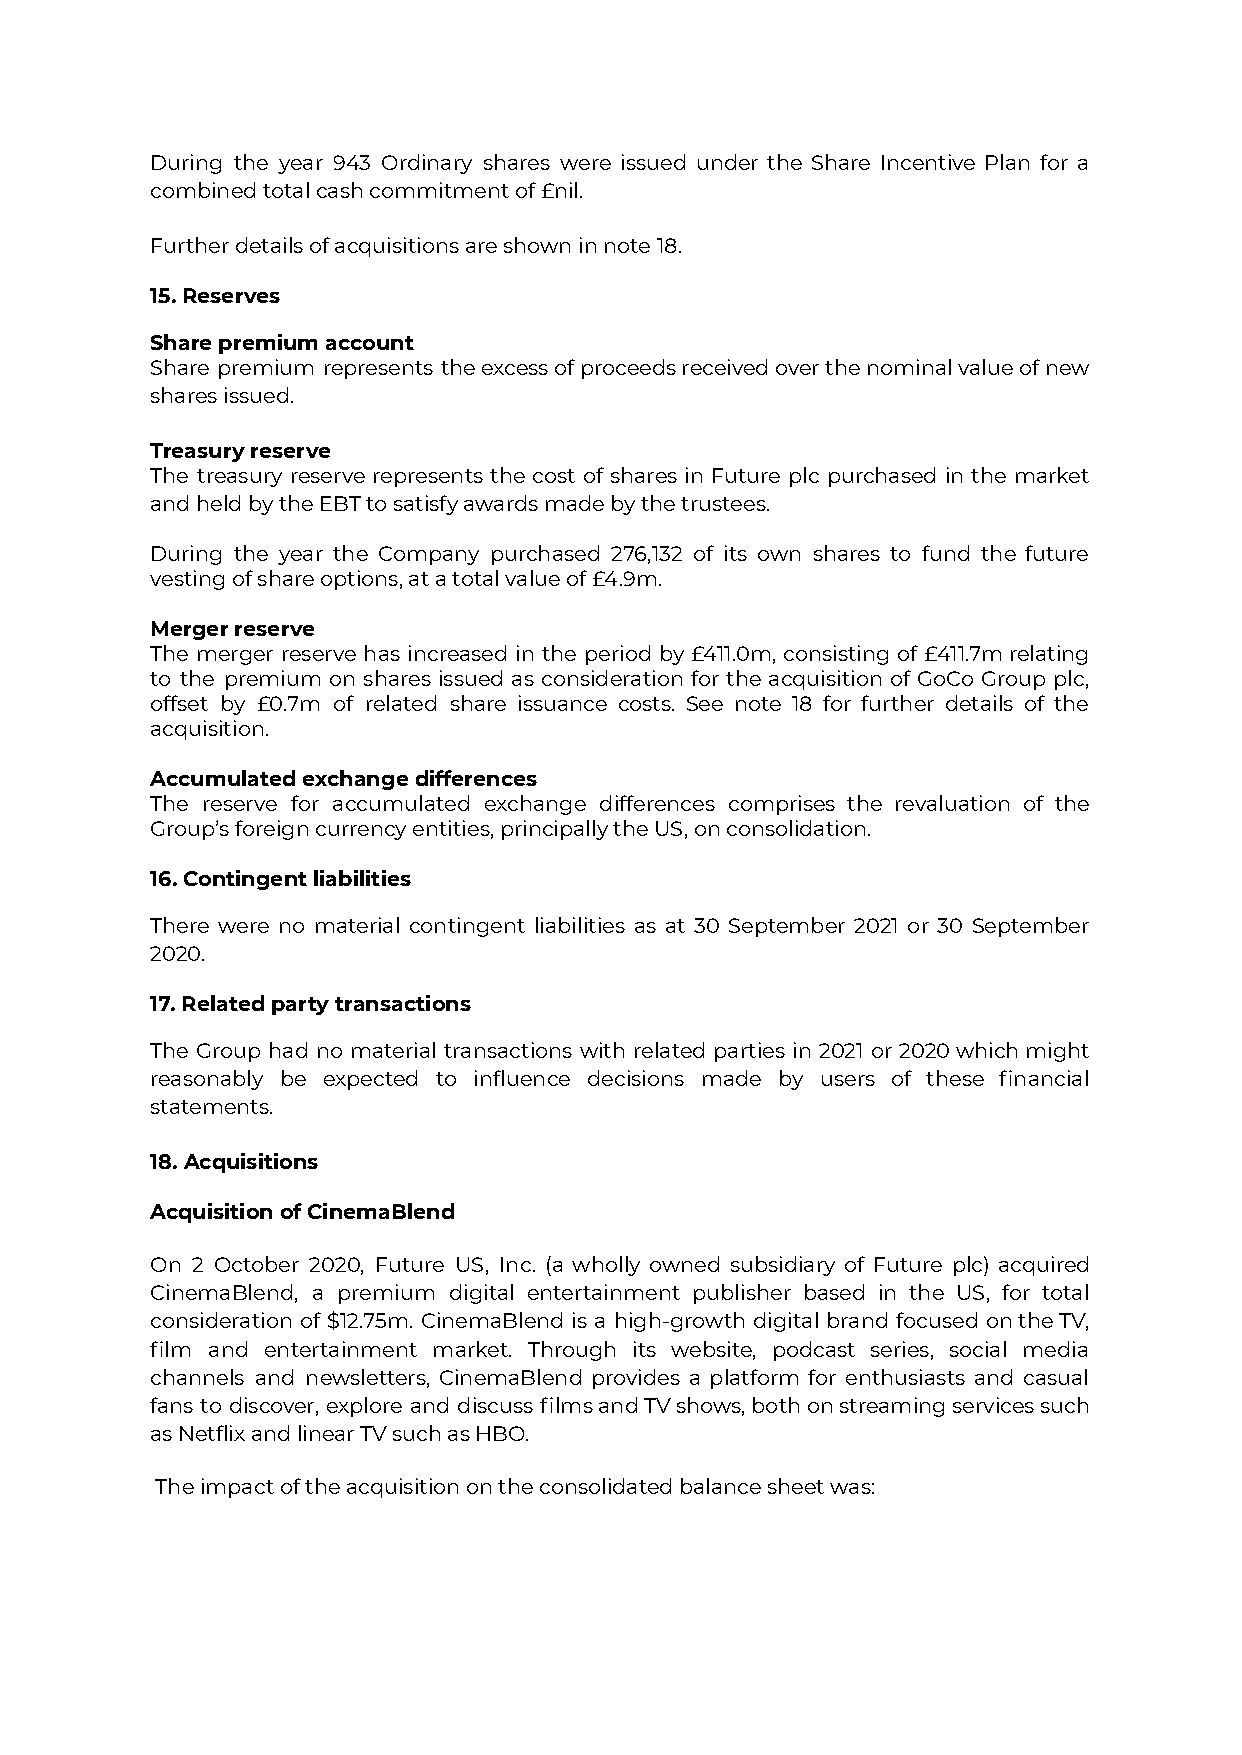
During the year 943 Ordinary shares were issued under the Share Incentive Plan for a
 combined total cash commitment of £nil.
 Further details of acquisitions are shown in note 18.
 15. Reserves
 Share premium account
 Share premium represents theexcessofproceedsreceivedoverthenominalvalueofnew
 shares issued.
 Treasury reserve
 The treasury reserve represents the cost of shares in Future plc purchased in the market
 and held by the EBT to satisfy awards made by the trustees.
 During the year the Company purchased 276,132 of its own shares to fund the future
 vesting of share options, at a total value of £4.9m.
 Merger reserve
 The merger reserve has increased in the period by £411.0m, consisting of £411.7mrelating
 to the premium on shares issued as consideration for the acquisition of GoCo Group plc,
 offset by £0.7m of related share issuance costs. See note 18 for further details of the
 acquisition.
 Accumulated exchange differences
 The reserve for accumulated exchange differences comprises the revaluation of the
 Group’s foreign currency entities, principally the US, on consolidation.
 16. Contingent liabilities
 There were no material contingent liabilities as at 30 September 2021 or 30 September
 2020.
 17. Related party transactions
 The Group had no material transactions with related parties in 2021 or 2020whichmight
 reasonably be expected to influence decisions made by users of these financial
 statements.
 18. Acquisitions
 Acquisition of CinemaBlend
 On 2 October 2020, Future US, Inc. (a wholly owned subsidiary of Future plc) acquired
 CinemaBlend, a premium digital entertainment publisher based in the US, for total
 consideration of $12.75m. CinemaBlend is a high-growth digital brand focused ontheTV,
 film and entertainment market. Through its website, podcast series, social media
 channels and newsletters, CinemaBlend provides a platform for enthusiasts and casual
 fans to discover, explore and discuss filmsandTVshows,bothonstreamingservicessuch
 as Netflix and linear TV such as HBO.
 The impact of the acquisition on the consolidated balance sheet was: